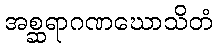
အစ္ဆရာဂဏဃောသိတံ